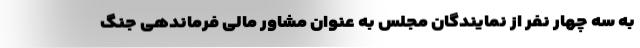
به سه چهار نفر از نمایندگان مجلس به عنوان مشاور مالی فرماندهی جنگ